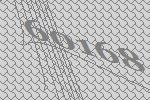
60168